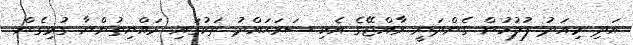
އަދި މިއަދު ފުލުހުން ގެންދަނީ ރާއްޖޭގެ އެކި ސަރަޙައްދު ތަކުގައި ރައްޔިތުންނާ ގުޅިގެން